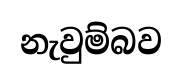
නැවුම්බව